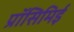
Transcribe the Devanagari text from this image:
प्रॉसिमिई